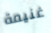
غنيمة